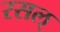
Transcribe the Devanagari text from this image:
रसल्